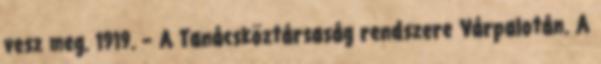
vesz meg. 1919. – A Tanácsköztársaság rendszere Várpalotán. A